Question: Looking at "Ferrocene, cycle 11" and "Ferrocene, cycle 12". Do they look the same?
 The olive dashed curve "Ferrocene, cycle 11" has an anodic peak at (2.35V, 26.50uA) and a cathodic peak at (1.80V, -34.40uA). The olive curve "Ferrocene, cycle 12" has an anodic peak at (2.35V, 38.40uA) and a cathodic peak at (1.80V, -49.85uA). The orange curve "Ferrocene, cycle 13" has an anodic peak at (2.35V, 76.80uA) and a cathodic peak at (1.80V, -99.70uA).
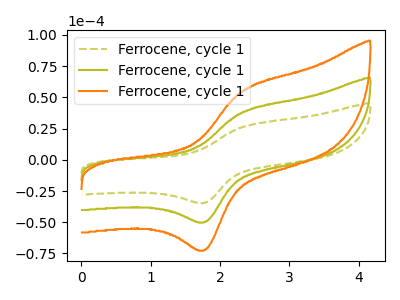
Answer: <think>All the peaks in "Ferrocene, cycle 11" have a peak in "Ferrocene, cycle 12" at the same potential. Every peak in "Ferrocene, cycle 11" is lower than every peak in "Ferrocene, cycle 12".
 </think>
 <answer>"Ferrocene, cycle 11" and "Ferrocene, cycle 12" are similar in shape.</answer>
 <eval>same_shape</eval>